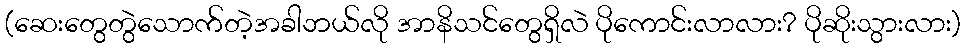
(ဆေးတွေတွဲသောက်တဲ့အခါဘယ်လို အာနိသင်တွေရှိလဲ ပိုကောင်းလာလား? ပိုဆိုးသွားလား)